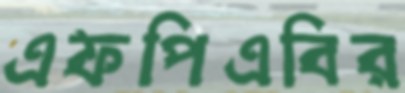
এফপিএবির